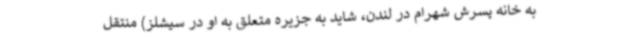
به خانه پسرش شهرام در لندن، شاید به جزیره متعلق به او در سیشلز) منتقل